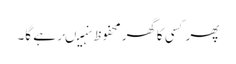
پھرکسی کاگھرمحفوظ نہیںرہے گا۔